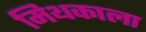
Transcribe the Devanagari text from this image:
मिथकाला